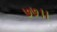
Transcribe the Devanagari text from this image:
७७।।